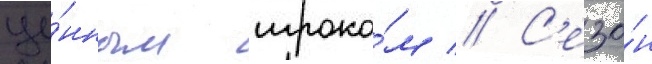
це́нным игроко́м // С'езо́н